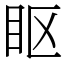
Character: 眍